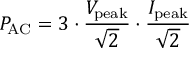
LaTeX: P _ { \mathrm { A C } } = 3 \cdot { \frac { V _ { \mathrm { p e a k } } } { \sqrt { 2 } } } \cdot { \frac { I _ { \mathrm { p e a k } } } { \sqrt { 2 } } }